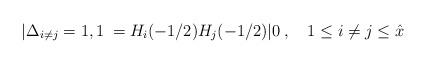
LaTeX: \begin{align*}|\Delta_{i \ne j}=1,1\> = H_i(-1/2)H_j(-1/2)|0\>,\quad 1 \le i \ne j \le {\hat x}\end{align*}